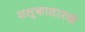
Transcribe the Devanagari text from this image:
शल्कासारखे